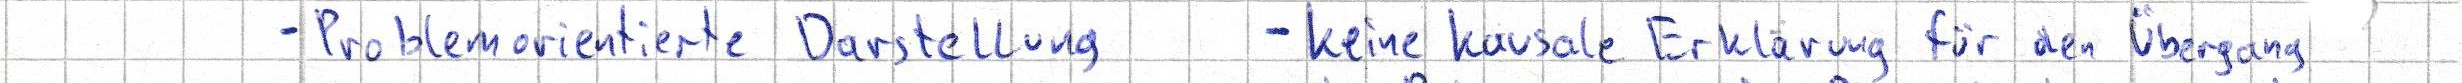
- Problemorientierte Darstellung    - keine kausale Erklärung für den Übergang